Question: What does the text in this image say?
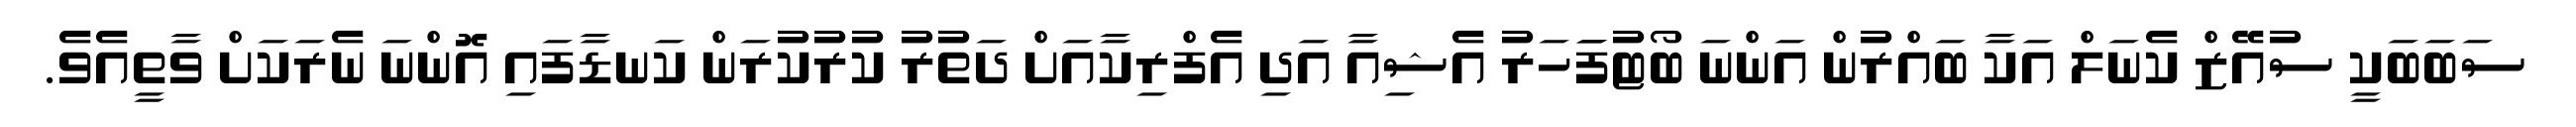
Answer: ސަބަބަކީ ސުއޭޒް ކެނަލް އަކާ ބައްރުން އަންނަ ބޯޓުފަަހަރު އެޝިއާ އަދި އެފްރިކާއަށް ދަތުރު ކުރުކުރަން ކަނޑާފައި އޮންނަ ނެރަކަށް ވާތީއެވެ.